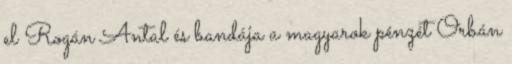
el Rogán Antal és bandája a magyarok pénzét Orbán